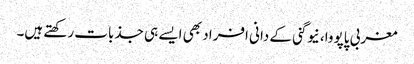
مغربی پاپووا، نیوگنی کے دانی افراد بھی ایسے ہی جذبات رکھتے ہیں۔